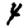
Digit: 4